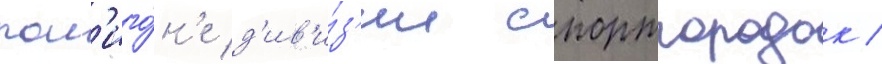
пол'иго́н'е д'ив'и́з'ии спортгородок /